Annual administration report of the Civil Veterinary Department of India - 1894-1895
Year: 1894
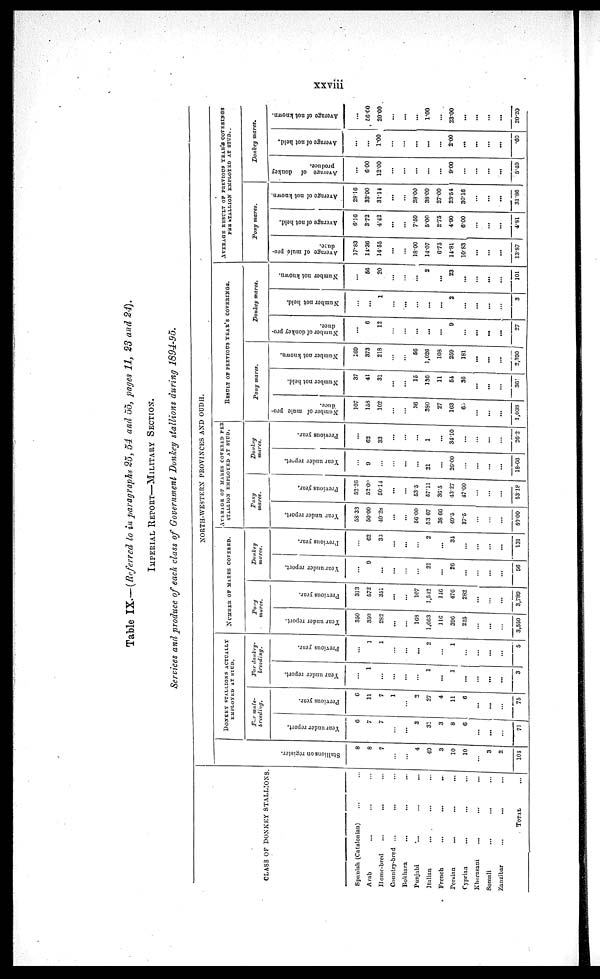
xxviii
Table IX.— (Referred to in paragraphs 25, 54 and 55, pages 11, 23 and 24).
IMPERIAL
REPORT—MILITARY
SECTION..
Services and produce of each class of Government Donkey stallions during 1894-95.
CLASS OF DONKEY STALLIONS.
Spanish (Catalonian) … …
Arab … … …
Home-bred … … …
Country-bred ... … …
Bokhara
…
... …
Punjabi … … …
Italian
...
…
...
French
...
...
...
Persian
...
…
...
Cyprian
…
...
...
Khornsani
...
…
...
Somali
...
... …
Zanzibar
...
...
...
TOTAL
...
NORTH-WESTERN PROVINCES AND OUDH.
St al l
i
ons on register.
8
8
7
…
…
4
49
3
10
10
…
3
2
104
DONKEY STALLIONS ACTUALLY
EMPLOYED AT STUD.
Fur male¬
breeding.
Year under report.
6
7
7
…
…
3
31
3
8
6
...
…
…
71
Previous year.
6
11
7
1
…
2
27
4
11
6
…
...
...
75
For donkey¬
breeding.
Year under report.
…
1
...
...
...
...
1
...
1
…
…
...
…
3
Previous year.
…
1
1
…
…
...
2
…
1
…
…
…
…
5
Pony
mares.
Year under report.
350
350
282
…
…
168
1,663
116
396
225
…
…
...
3,550
Previous year.
313
572
351
…
…
107
1,542
146
476
282
…
…
…
3,789
Donkey
mares.
Year
under report.
…
9
…
…
…
…
21
…
26
…
…
…
...
56
Previous year.
...
62
33
...
...
...
2
…
34
…
…
…
...
131
AVERAGE OF MAKES COVERED PER
STALLION EMPLOYED AT STUD.
Pony
mares.
Year under report.
58.33
50.00
40.28
…
…
56.00
53.67
38.66
49.5
37.5
…
…
…
50.00
Previous year.
52.26
52.09
50.14
…
…
53.5
57.11
36.5
43.27
47.00
…
…
…
53.18
Donkey
mares.
Year under report.
…
9
…
…
…
…
21
…
26.00
…
…
…
…
18.66
Previous year.
…
62
33
…
…
…
1
…
34.10
…
…
…
...
26.2
RESULT OF PREVIOUS YEAR'S COVERINGS.
Pony mares.
Number of mule pro-
duce.
107
158
102
…
…
36
380
27
163
65
…
...
…
1,038
Number not held.
37
41
31
…
...
15
136
11
54
36
...
…
…
361
Number not known.
169
373
218
...
…
56
1,026
103
259
181
...
…
...
2,390
Donkey mares.
Number of donkey pro-
duce.
...
6
12
…
…
…
...
…
9
…
...
…
...
27
Number not held.
…
...
1
…
...
…
...
...
2
…
...
…
…
3
Number not known.
…
56
20
…
…
...
2
...
23
...
…
...
…
101
AVERAGE RESULT OF PREVIOUS YEAR'S COVERINGS
PER STALLION EMPLOYED AT STUD.
Pony mares.
Average of mule pro-
duce.
17.83
14.36
14.55
…
…
18.00
14.07
6.75
14.81
10.83
...
...
…
13.87
Average of not held.
6.16
3.72
4.42
...
…
7.50
5.00
2.75
4.90
6.00
…
...
…
4.31
Average of not known.
28.16
33.00
31.14
...
...
28.00
38.00
27.00
23.54
30.16
…
…
...
31.86
Donkey mares.
Average of donkey
produce.
…
6.00
12.00
…
…
...
…
…
9.00
...
...
...
...
5.40
Average of not held.
…
...
1.00
...
…
...
...
...
2.00
...
...
…
...
.60
Average of not known.
…
56.00
20.00
…
...
…
1.00
…
23.00
...
...
...
...
20.20